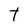
Character: T